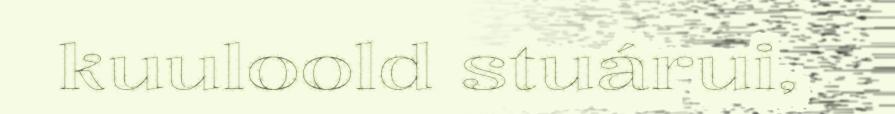
kuuloold stuárui,